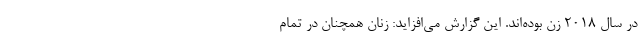
در سال 2018 زن بوده‌اند. این گزارش می‌افزاید: زنان همچنان در تمام